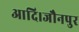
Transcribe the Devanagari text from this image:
आदि।जौनपुर